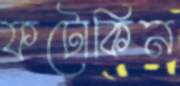
ফটোকিন